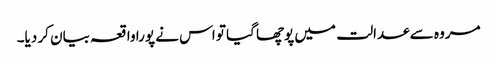
مروہ سے عدالت میں پوچھا گیا تو اس نے پورا واقعہ بیان کر دیا۔